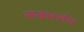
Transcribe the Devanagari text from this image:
सबभर्सन